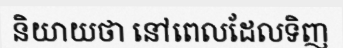
និយាយថា នៅពេលដែលទិញ